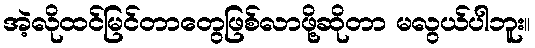
အဲ့လိုထင်မြင်တာတွေဖြစ်လာဖို့ဆိုတာ မလွယ်ပါဘူး။